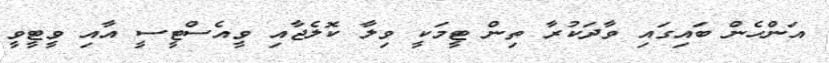
އަންހެން ބައިގައި ވާދަކުރާ ތިން ޓީމަކީ ވިލާ ކޮލެޖާއި ވީއެސްޓީސީ އާއި ވީޓީވީ